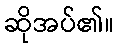
ဆိုအပ်၏။